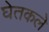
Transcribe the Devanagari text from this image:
घेतकले